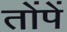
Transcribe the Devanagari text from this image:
तोंपें